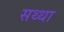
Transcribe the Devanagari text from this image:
सथ्था